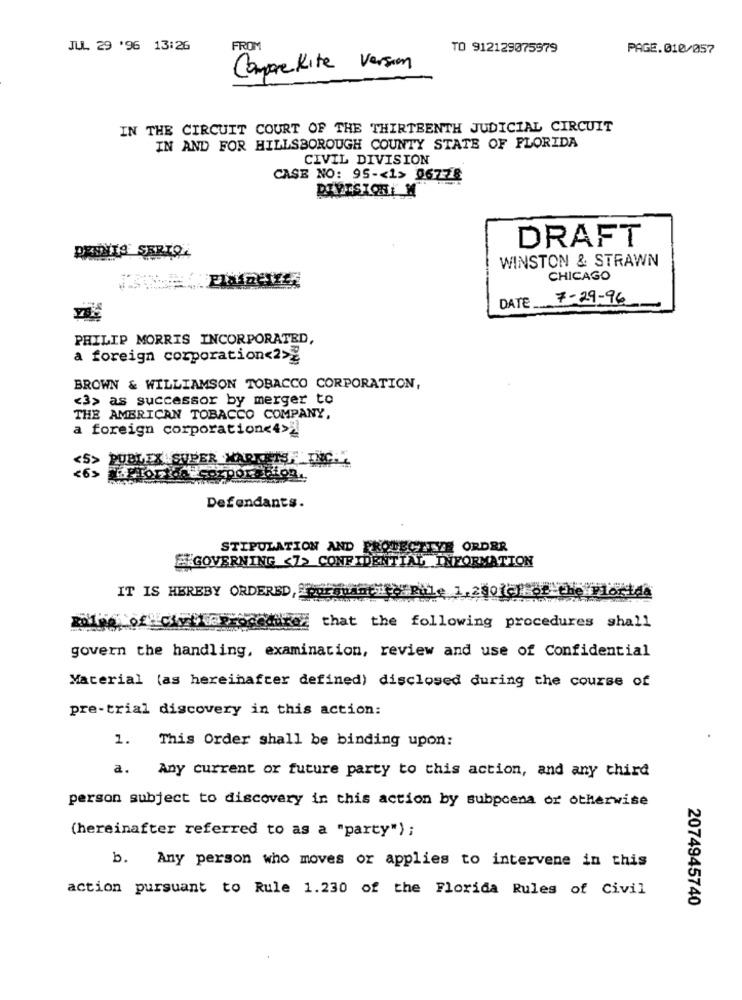
JUL 29 '96 13:26
FROM
TO 912129075579
PAGE.010/057
Comprekite Version
IN THE CIRCUIT COURT OF THE THIRTEENTH JUDICIAL CIRCUIT
IN AND FOR HILLSBOROUGH COUNTY STATE OF FLORIDA
CIVIL DIVISION
CASE NO: 95 -< 1> 06778
DIVISIONI M
DRAFT
DEMITA SERIO.
WINSTON & STRAWN
CHICAGO
DATE 7-29-96
PHILIP MORRIS INCORPORATED,
a foreign corporation<2>g
BROWN & WILLIAMSON TOBACCO CORPORATION,
<3> as successor by merger to
THE AMERICAN TOBACCO COMPANY,
a foreign corporation<4>>
<5> PUBLEX SUPER MARKETS, INC ..
6>
.ETordA Corporation.
Defendants.
STIPULATION AND PROTECTTYE ORDER
E GOVERNING <1> CONFIDENTIAL INFORMATION
IT IS HEREBY ORDERED, pursuantHo Rule 1,2801c) of the Florida
Lof Cyta
that the following procedures shall
govern the handling, examination, review and use of Confidential
Material (as hereinafter defined) disclosed during the course of
pre-trial discovery in this action:
1. This Order shall be binding upon:
a.
Any current or future party to this action, and any third
person subject to discovery in this action by subpoena or otherwise
(hereinafter referred to as a "party") ;
b. Any person who moves or applies to intervene in this
action pursuant to Rule 1.230 of the Florida Rules of Civil
2074945740